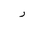
Letter: _ra